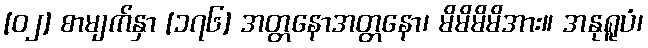
[၀၂] စာမျက်နှာ [၁၇၆] အတ္တနောအတ္တနော၊ မိမိမိမိအား။ အနုရူပံ၊